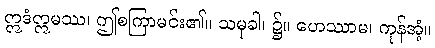
ဣဒံဣမဿ၊ ဤစကြာမင်း၏။ သမုခါ၊ ၌။ ဟေဿာမ၊ ကုန်အံ့။